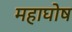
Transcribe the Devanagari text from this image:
महाघोष